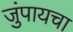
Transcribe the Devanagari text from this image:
जुंपायचा